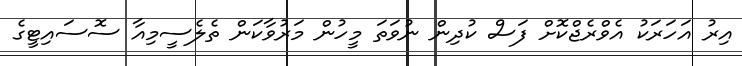
އިރު އަހަރަކު އެވްރެޖްކޮށް ފަސް ކުދިން ނުވަތަ މީހުން މަރުވާކަން ތެލެސީމިއާ ސޮސައިޓީގެ